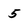
Character: 5